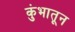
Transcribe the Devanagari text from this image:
कुंभातून